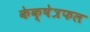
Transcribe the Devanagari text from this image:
केक्षेत्रफल